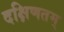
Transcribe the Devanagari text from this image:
दक्षिणतम्